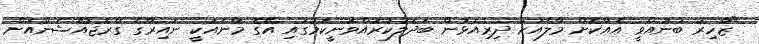
"ޒާހިރު ބުނުއްވީ އެއްކޮށް މާލެއަށް ދިރިއުޅުން ބަދަލުކުރައްވަނީކަމުގައި އޭގެ މާނައަކީ ނައިރާގެ ގްރެޖުއޭޝަންއަށް